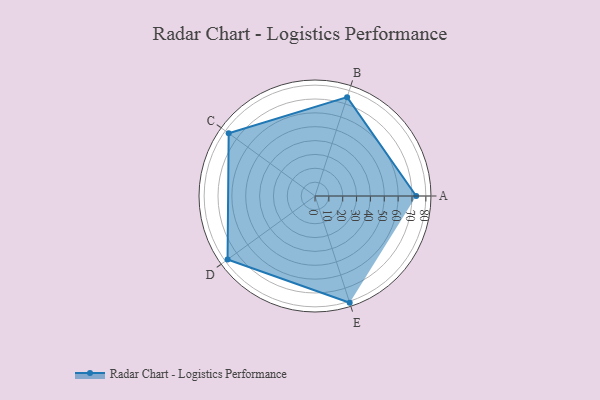
{"axis": {"x": "Skill", "y": "Score"}, "legend": ["Profile"], "data": [{"x": "A", "y": 73.0, "type": "Profile"}, {"x": "B", "y": 75.0, "type": "Profile"}, {"x": "C", "y": 77.0, "type": "Profile"}, {"x": "D", "y": 78.0, "type": "Profile"}, {"x": "E", "y": 81.0, "type": "Profile"}]}